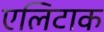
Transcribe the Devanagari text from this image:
एलिटाक